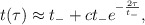
\begin{align*}t(\tau) \approx t_- + ct_- e^{-\frac{2\tau}{t_-}} ,\end{align*}